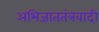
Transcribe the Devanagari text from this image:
अभिजाततंत्रवादी